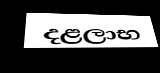
දළලාභ